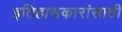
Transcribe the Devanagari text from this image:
इतिहासकारांसाठी